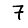
Digit: 7